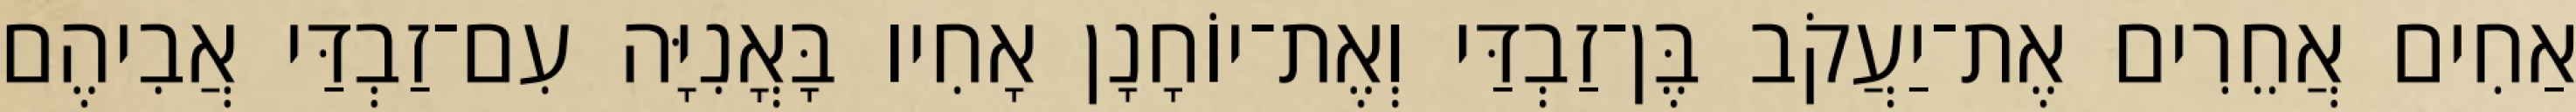
אַחִים אֲחֵרִים אֶת־יַעֲקֹב בֶּן־זַבְדַּי וְאֶת־יוֹחָנָן אָחִיו בָּאֳנִיָּה עִם־זַבְדַּי אֲבִיהֶם